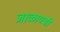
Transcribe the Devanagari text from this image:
जाळायची